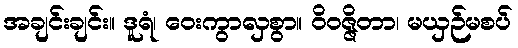
အချင်းချင်း။ ဒူရံ၊ ဝေးကွာလှစွာ။ ဝိဝဇ္ဇိတာ၊ မယှဉ်မစပ်